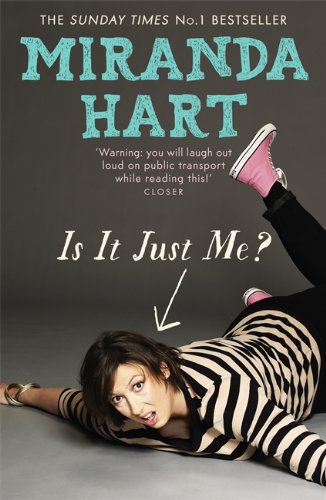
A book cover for Is It Just Me?; Miranda Hart; Humor & Entertainment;